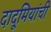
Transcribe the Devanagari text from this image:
दादूमियांची